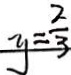
y = \frac { 2 } { 3 }